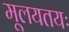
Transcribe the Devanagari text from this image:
मूलयतयः